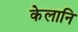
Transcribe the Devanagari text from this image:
केलानि